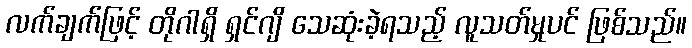
လက်ချက်ဖြင့် တိုဂါရှိ ရှင်ဂျိ သေဆုံးခဲ့ရသည့် လူသတ်မှုပင် ဖြစ်သည်။